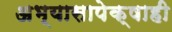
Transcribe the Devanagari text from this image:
अभ्यासापेक्षाही